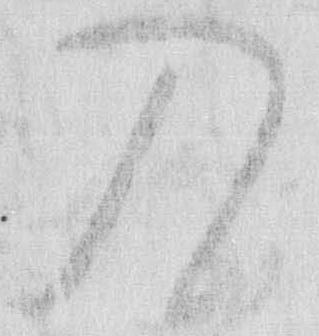
入